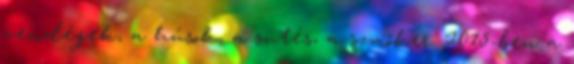
vendégek, a húsok, a sütés, a szmóker. 2015-ben a